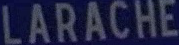
LARACHE